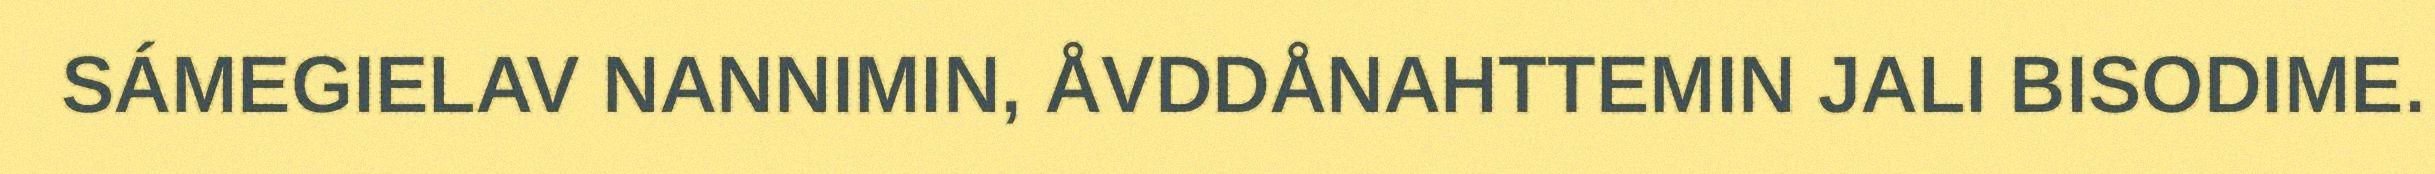
SÁMEGIELAV NANNIMIN, ÅVDDÅNAHTTEMIN JALI BISODIME.